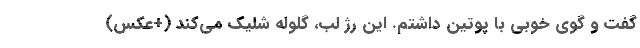
گفت و گوی خوبی با پوتین داشتم. این رژ لب، گلوله شلیک می‌کند (+عکس)